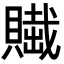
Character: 𧷲